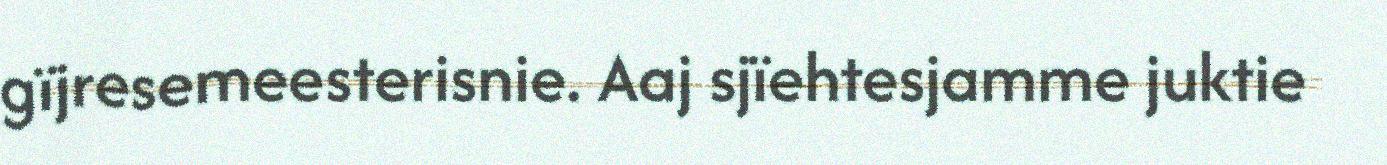
gïjresemeesterisnie. Aaj sjïehtesjamme juktie